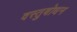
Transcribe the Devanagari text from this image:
वस्तुबोधन